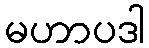
မဟာပဒါ